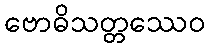
ဗောဓိသတ္တဿေဝ